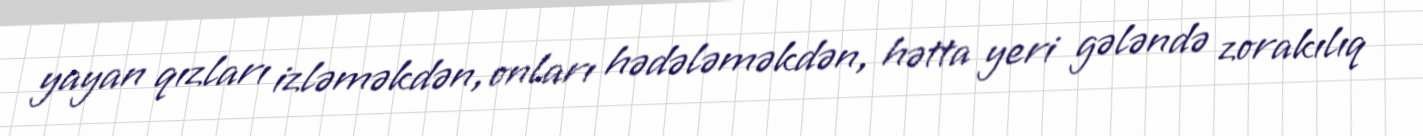
yayan qızları izləməkdən, onları hədələməkdən, hətta yeri gələndə zorakılıq